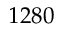
1 2 8 0